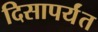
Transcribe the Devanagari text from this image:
दिसापर्यंत